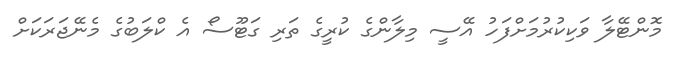
މޮންޓޭލާ ވަކިކުރުމަށްފަހު އޭސީ މިލާންގެ ކުރީގެ ތަރި ގަޓޫސޯ އެ ކްލަބުގެ މެނޭޖަރަކަށް